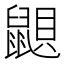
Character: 鼰